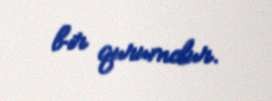
bir qurumdur.